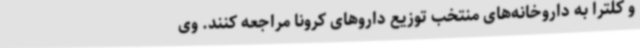
و کلترا به داروخانه‌های منتخب توزیع داروهای کرونا مراجعه کنند. وی